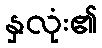
နှလုံး၏